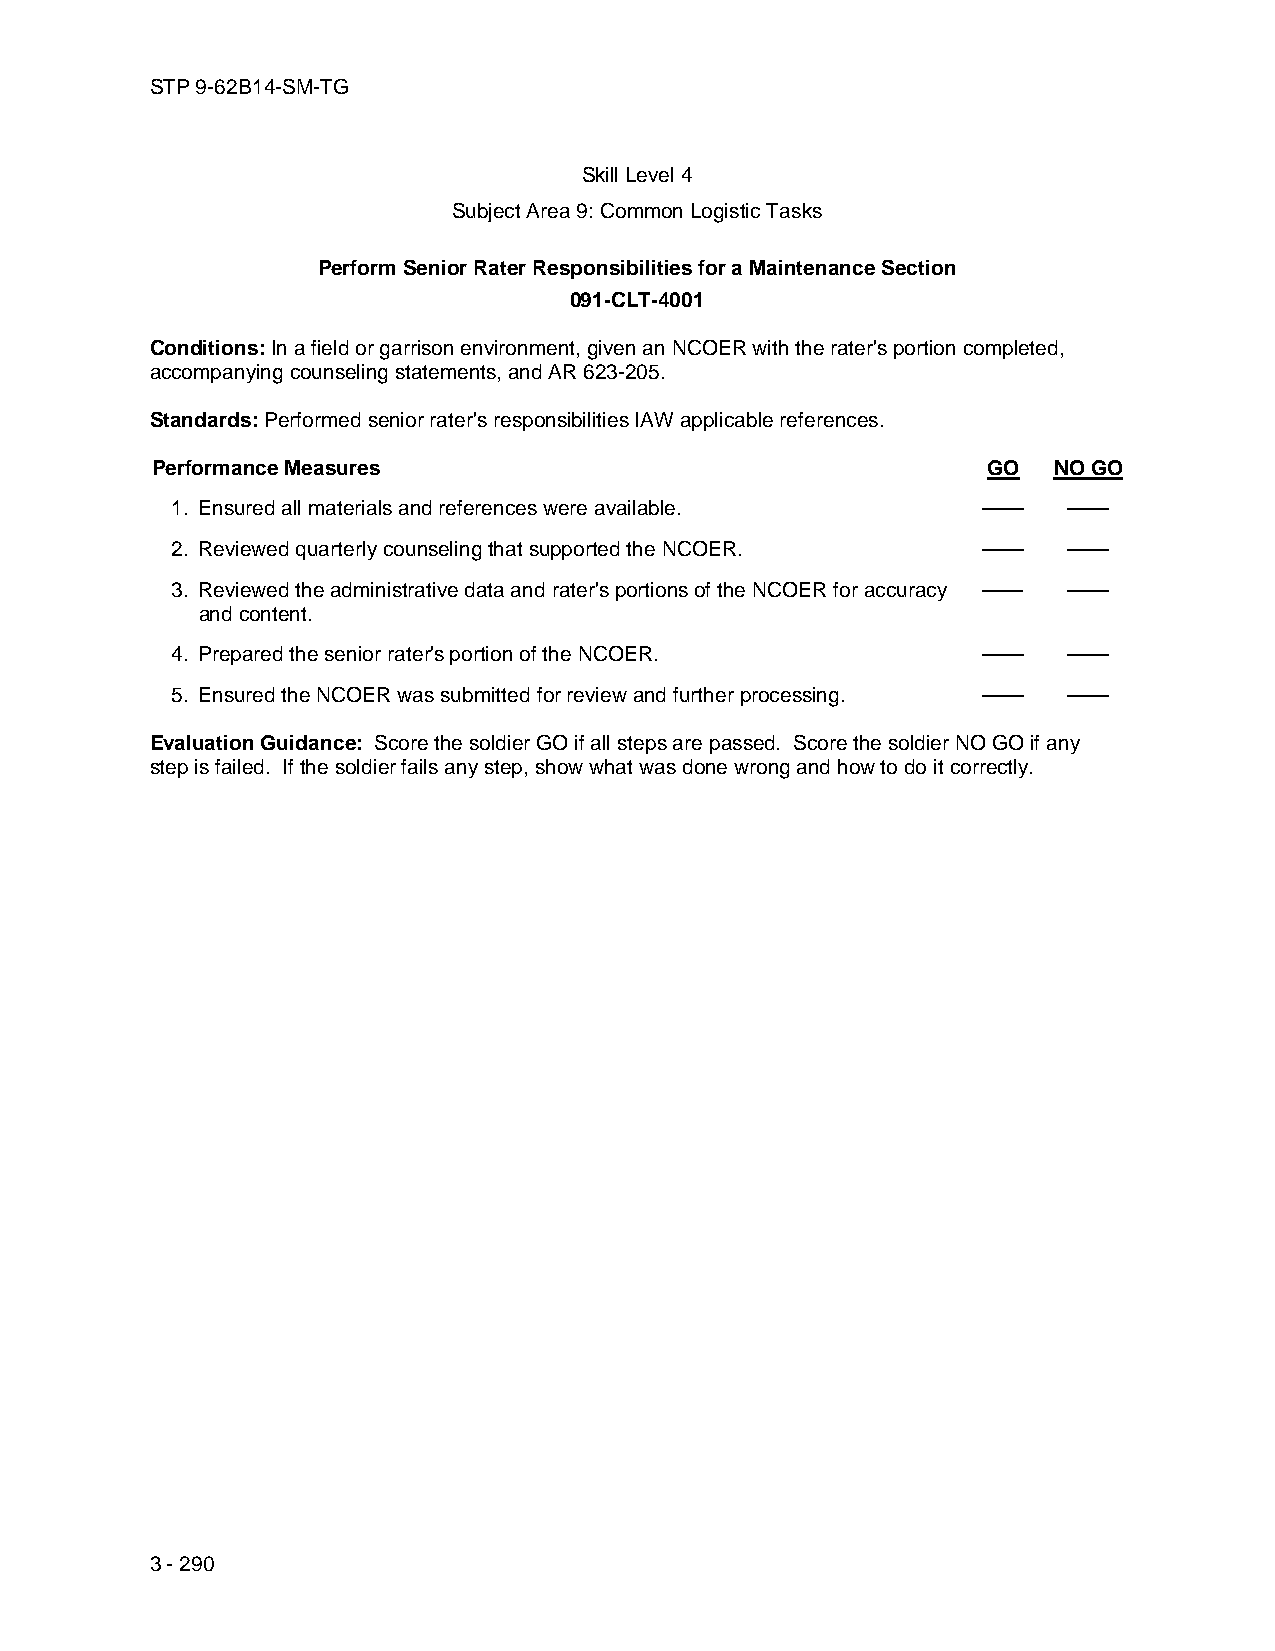
STP 9-62B14-SM-TG
 Skill Level 4
 Subject Area 9: Common Logistic Tasks
 Perform Senior Rater Responsibilities for a Maintenance Section
 091-CLT-4001
 Conditions: In a field or garrison environment, given an NCOER with the rater's portion completed,
 accompanying counseling statements, and AR 623-205.
 Standards: Performed senior rater's responsibilities IAW applicable references.
 Performance Measures                                   GO   NO GO
 1. Ensured all materials and references were available. ——  ——
 2. Reviewed quarterly counseling that supported the NCOER. —— ——
 3. Reviewed the administrative data and rater's portions of the NCOER for accuracy —— ——
 and content.
 4. Prepared the senior rater's portion of the NCOER.  ——    ——
 5. Ensured the NCOER was submitted for review and further processing. —— ——
 Evaluation Guidance: Score the soldier GO if all steps are passed. Score the soldier NO GO if any
 step is failed. If the soldier fails any step, show what was done wrong and how to do it correctly.
 3 - 290